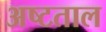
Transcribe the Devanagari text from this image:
अष्टताल